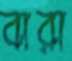
বারা